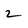
Character: 2